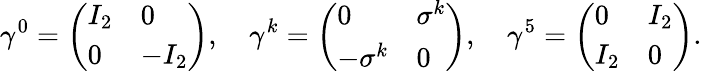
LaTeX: \gamma^{0}={\left(\begin{array}{ll}{I_{2}}&{0}\\ {0}&{-I_{2}}\end{array}\right)},\quad\gamma^{k}={\left(\begin{array}{ll}{0}&{\sigma^{k}}\\ {-\sigma^{k}}&{0}\end{array}\right)},\quad\gamma^{5}={\left(\begin{array}{ll}{0}&{I_{2}}\\ {I_{2}}&{0}\end{array}\right)}.